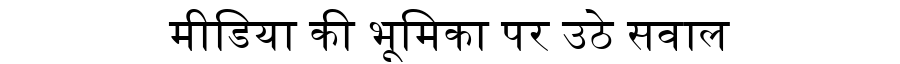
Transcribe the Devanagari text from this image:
मीडिया की भूमिका पर उठे सवाल